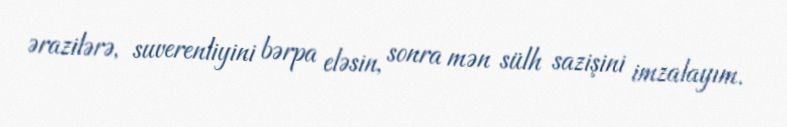
ərazilərə, suverenliyini bərpa eləsin, sonra mən sülh sazişini imzalayım.